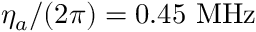
\eta _ { a } / ( 2 \pi ) = 0 . 4 5 ~ \mathrm { M H z }